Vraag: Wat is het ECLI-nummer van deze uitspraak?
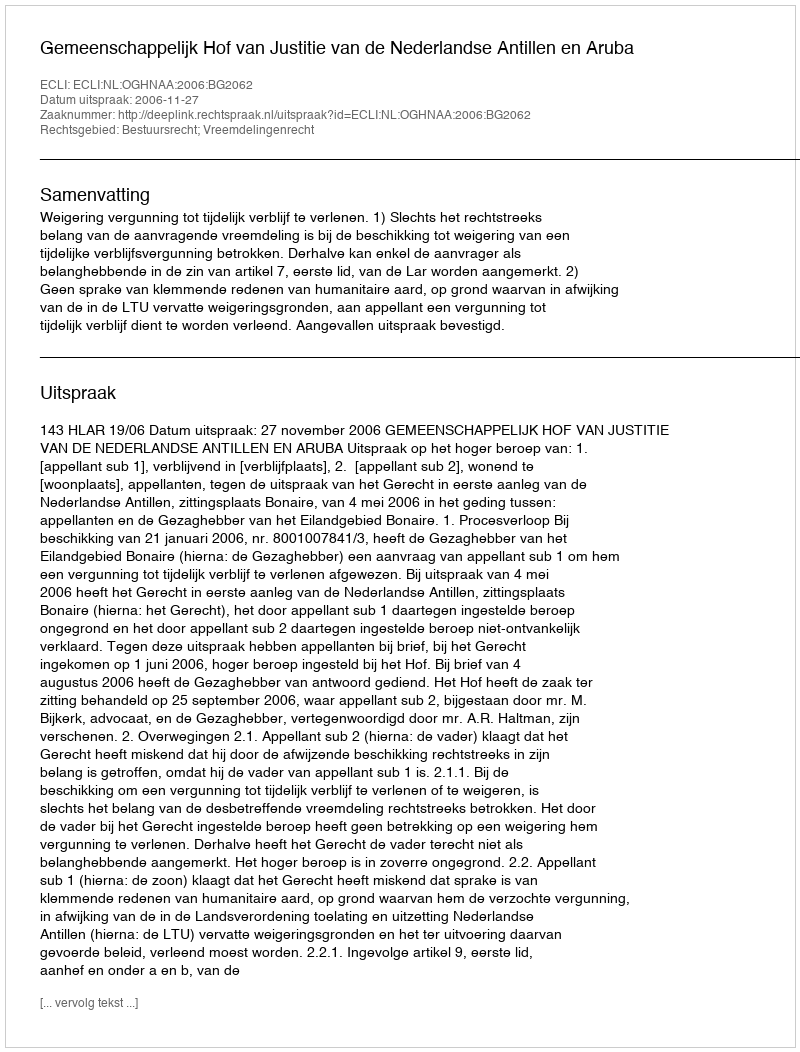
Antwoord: ECLI:NL:OGHNAA:2006:BG2062